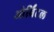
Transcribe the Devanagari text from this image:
ओर्बिटल